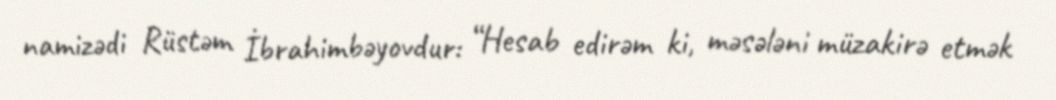
namizədi Rüstəm İbrahimbəyovdur: “Hesab edirəm ki, məsələni müzakirə etmək